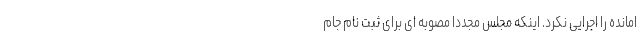
امانده را اجرایی نکرد. اینکه مجلس مجددا مصوبه ای برای ثبت نام جام